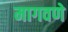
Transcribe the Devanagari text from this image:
मागवणे